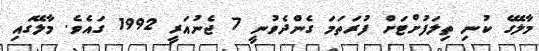
މާލޭގެ ކުނި ތިލަފުށްޓަށް ފުރަތަމަ ގެންދެވުނީ 7 ޖެނުއަރީ 1992 ގައެވެ. މާލޭގައި